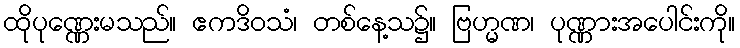
ထိုပုဏ္ဏေးမသည်။ ဧကဒိဝသံ၊ တစ်နေ့သ၌။ ဗြဟ္မဏ၊ ပုဏ္ဏားအပေါင်းကို။